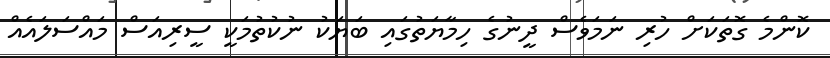
ކޮންމެ ގޮތަކަށް ހުރި ނަމަވެސް ދީނުގެ ހިމާޔަތުގައި ބަޔަކު ނުކުތުމަކީ ސީރިއަސް މައްސަލައެއް